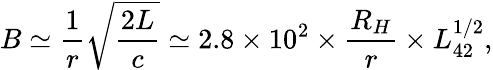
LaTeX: B\simeq\frac{1}{r}\sqrt{\frac{2L}{c}}\simeq 2.8\times 10^{2}\times\frac{R_{H}}{r}\times L_{42}^{1/2},